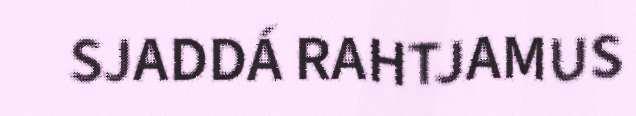
SJADDÁ RAHTJAMUS